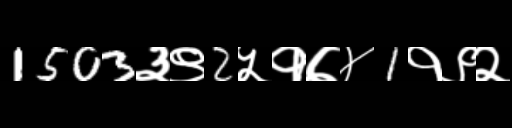
Text: 1503३९2५१७४1१९२